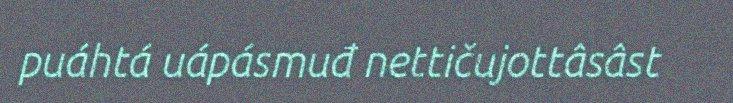
puáhtá uápásmuđ nettičujottâsâst